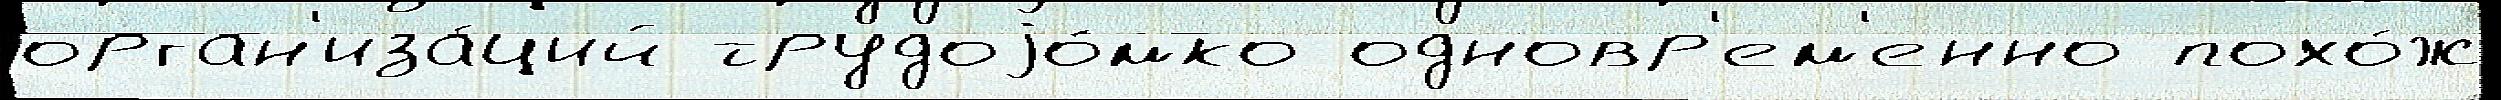
орган'иза́ций трудоjо́мко одновр'ем'енно похо́ж